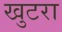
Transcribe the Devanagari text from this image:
खुटरा